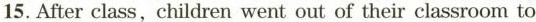
15. After class, children went out of their classroom to